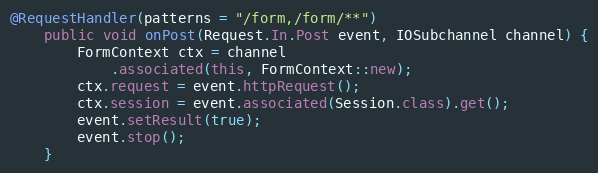
Language: Java
@RequestHandler(patterns = "/form,/form/**")
    public void onPost(Request.In.Post event, IOSubchannel channel) {
        FormContext ctx = channel
            .associated(this, FormContext::new);
        ctx.request = event.httpRequest();
        ctx.session = event.associated(Session.class).get();
        event.setResult(true);
        event.stop();
    }